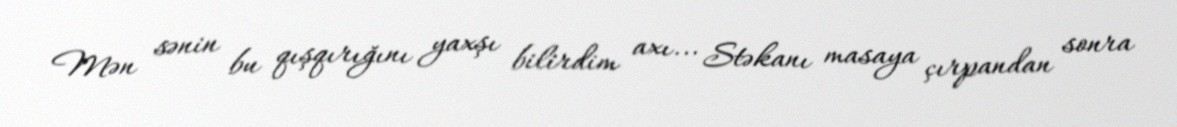
Mən sənin bu qışqırığını yaxşı bilirdim axı... Stəkanı masaya çırpandan sonra